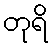
တုရိ